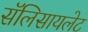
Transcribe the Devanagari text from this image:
सॅलिसायलेट